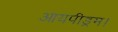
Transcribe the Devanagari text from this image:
आयपीड्रम।